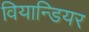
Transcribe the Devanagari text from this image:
वियान्डियर